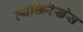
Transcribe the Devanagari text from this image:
व्यक्तिरेखेस